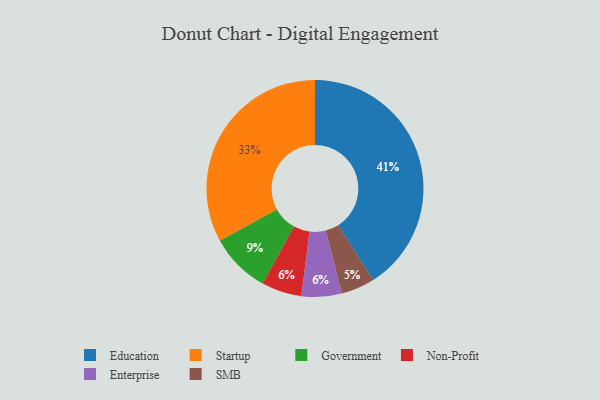
{"axis": {"x": "Category", "y": "Percentage"}, "legend": ["Education", "Enterprise", "Government", "Non-Profit", "SMB", "Startup"], "data": [{"x": "Non-Profit", "y": 6, "type": "Non-Profit"}, {"x": "Education", "y": 41, "type": "Education"}, {"x": "Enterprise", "y": 6, "type": "Enterprise"}, {"x": "SMB", "y": 5, "type": "SMB"}, {"x": "Startup", "y": 33, "type": "Startup"}, {"x": "Government", "y": 9, "type": "Government"}]}